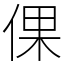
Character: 倮